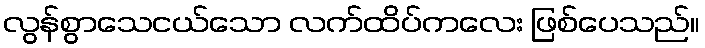
လွန်စွာသေငယ်သော လက်ထိပ်ကလေး ဖြစ်ပေသည်။